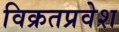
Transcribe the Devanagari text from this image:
विक्रतप्रवेश